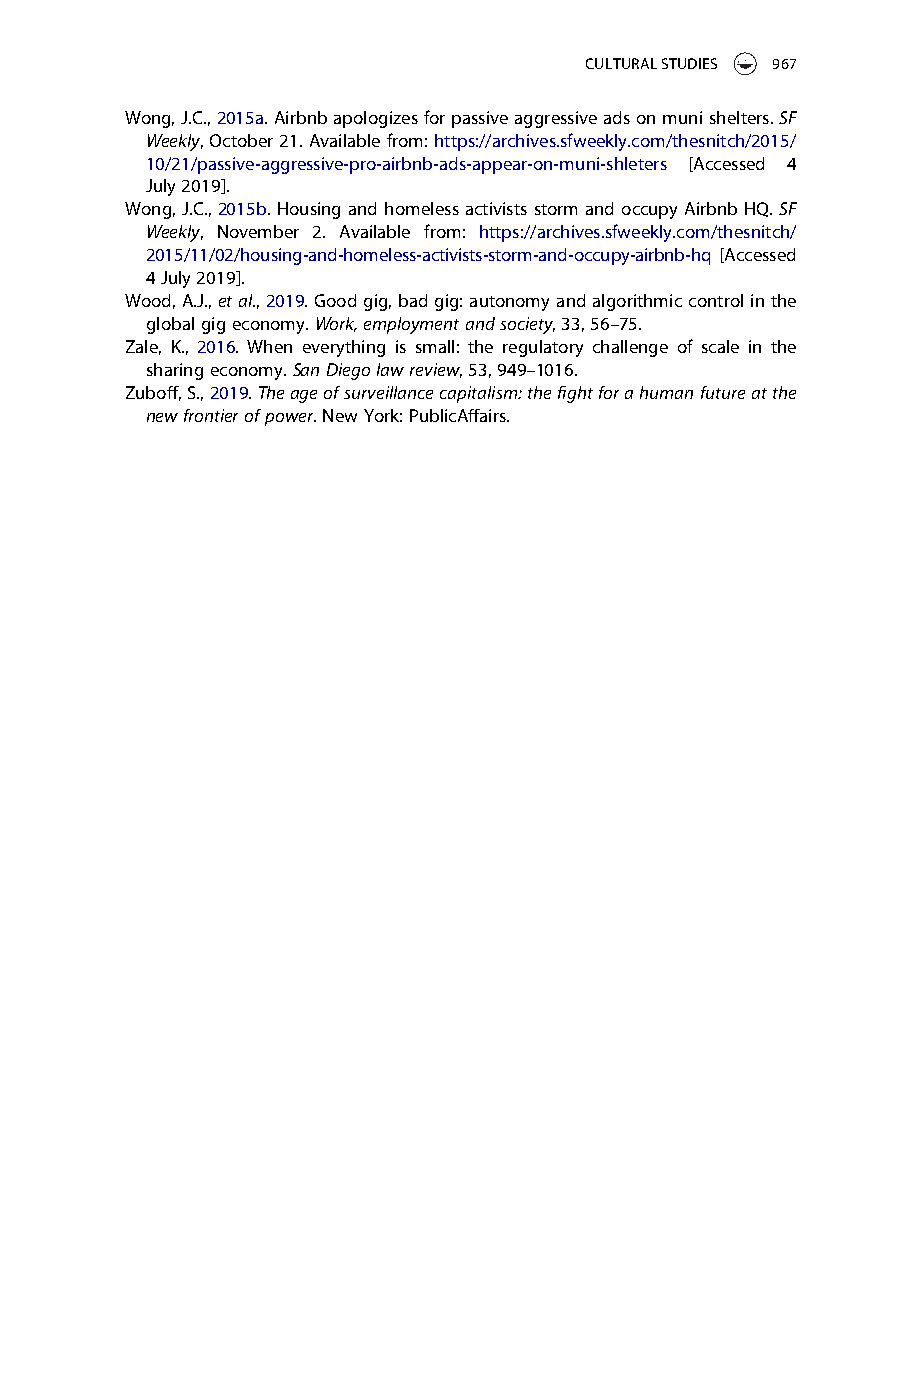
CULTURALSTUDIES 967
 Wong,J.C.,2015a.Airbnbapologizesforpassiveaggressiveadsonmunishelters.SF
 Weekly,October21.Availablefrom:https://archives.sfweekly.com/thesnitch/2015/
 10/21/passive-aggressive-pro-airbnb-ads-appear-on-muni-shleters [Accessed 4
 July2019].
 Wong,J.C.,2015b.HousingandhomelessactivistsstormandoccupyAirbnbHQ.SF
 Weekly, November 2. Available from: https://archives.sfweekly.com/thesnitch/
 2015/11/02/housing-and-homeless-activists-storm-and-occupy-airbnb-hq [Accessed
 4July2019].
 Wood,A.J.,etal.,2019.Goodgig,badgig:autonomyandalgorithmiccontrolinthe
 globalgigeconomy.Work,employmentandsociety,33,56–75.
 Zale, K., 2016. When everything is small: the regulatory challenge of scale in the
 sharingeconomy.SanDiegolawreview,53,949–1016.
 Zuboff,S.,2019.Theageofsurveillancecapitalism:thefightforahumanfutureatthe
 newfrontierofpower.NewYork:PublicAffairs.